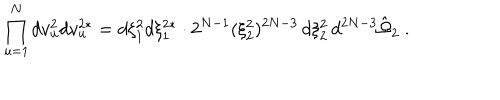
\prod _ { u = 1 } ^ { N } d v _ { u } ^ { 2 } d v _ { u } ^ { 2 * } = d \xi _ { 1 } ^ { 2 } d \xi _ { 1 } ^ { 2 * } \cdot 2 ^ { N - 1 } ( \xi _ { 2 } ^ { 2 } ) ^ { 2 N - 3 } \, d \xi _ { 2 } ^ { 2 } \, d ^ { 2 N - 3 } \hat { \Omega } _ { 2 } \ .